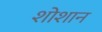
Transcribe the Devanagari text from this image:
शोशान